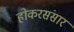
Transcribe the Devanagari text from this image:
होकरसंसार